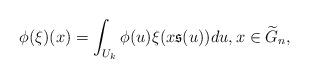
LaTeX: \begin{align*}\phi(\xi)(x)=\int_{U_k}\phi(u)\xi(x\mathfrak{s}(u))du,x\in\widetilde{G}_n,\end{align*}